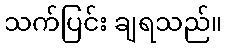
သက်ပြင်း ချရသည်။